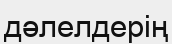
дәлелдерің